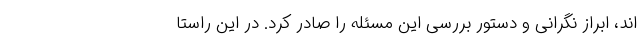
اند، ابراز نگرانی و دستور بررسی این مسئله را صادر کرد. در این راستا